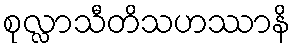
စုလ္လာသီတိသဟဿာနိ